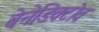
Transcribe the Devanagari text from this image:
बेनेडिक्टोव